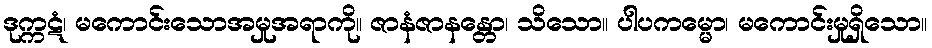
ဒုက္ကဋံ၊ မကောင်းသောအမှုအရာကို။ ဇာနံဇာနန္တော၊ သိသော။ ပါပကမ္မော၊ မကောင်းမှုရှိသော။